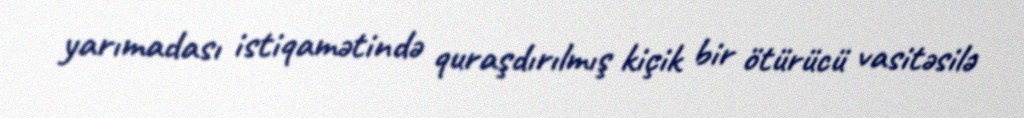
yarımadası istiqamətində quraşdırılmış kiçik bir ötürücü vasitəsilə